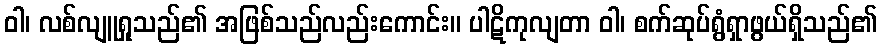
ဝါ၊ လစ်လျူရှုသည်၏ အဖြစ်သည်လည်းကောင်း။ ပါဋိကုလျတာ ဝါ၊ စက်ဆုပ်ရွံရှာဖွယ်ရှိသည်၏